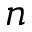
n